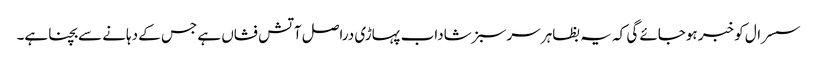
سسرال کو خبر ہوجائے گی کہ یہ بظاہر سرسبز شاداب پہاڑی دراصل آتش فشاں ہے جس کے دہانے سے بچنا ہے۔